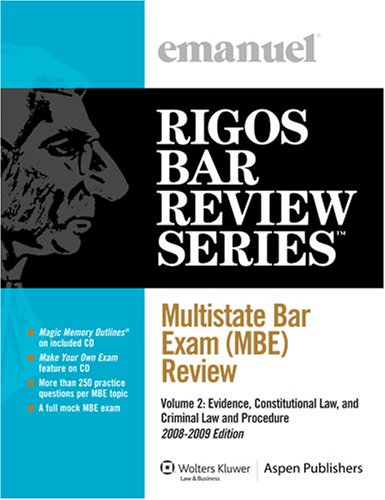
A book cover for Multistate Bar Exam (MBE) Review Volume 2; James J. Rigos; Test Preparation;